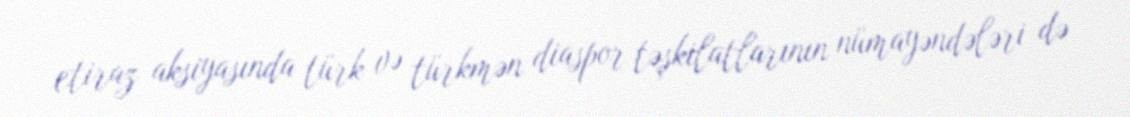
etiraz aksiyasında türk və türkmən diaspor təşkilatlarının nümayəndələri də